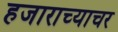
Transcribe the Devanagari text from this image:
हजाराच्याचर